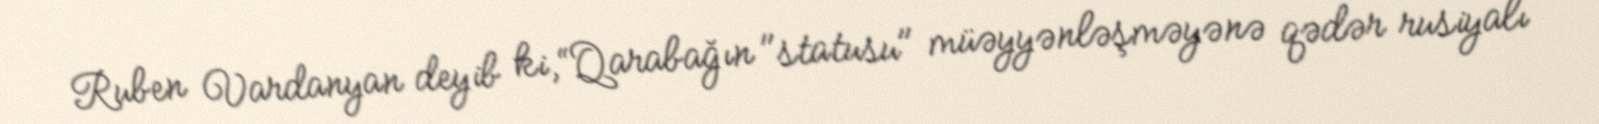
Ruben Vardanyan deyib ki, “Qarabağın "statusu" müəyyənləşməyənə qədər rusiyalı